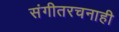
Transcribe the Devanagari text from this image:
संगीतरचनाही